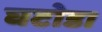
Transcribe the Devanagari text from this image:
घटोडा